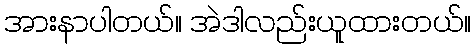
အားနာပါတယ်။ အဲဒါလည်းယူထားတယ်။